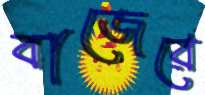
বাজেরে